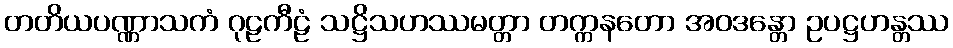
တတိယပဏ္ဏာသကံ ဂုဠကီဠံ သဋ္ဌိသဟဿမတ္တာ တက္ကနတော အဝဒန္တော ဥပဋ္ဌဟန္တဿ